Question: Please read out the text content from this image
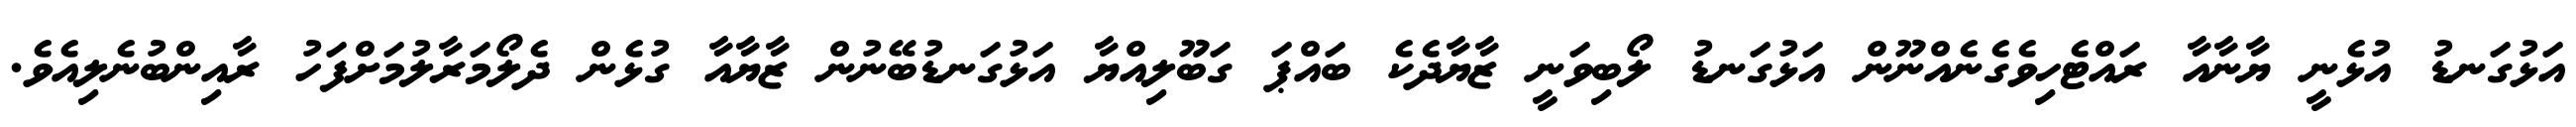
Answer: އަޅުގަނޑު އުޅެނީ ޔާނާއާ ރައްޓެހިވެގެނެއްނޫން އަޅުގަނޑު ލޯބިވަނީ ޒާޔާދެކެ ބައްޕަ ގަބޫލިއްޔާ އަޅުގަނޑުބޭނުން ޒާޔާއާ ގުޅެން ދެލޯމަރާލުމަށްފަހު ރާއިންބުނެލިއެވެ.